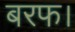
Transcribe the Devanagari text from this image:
बरफ।